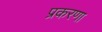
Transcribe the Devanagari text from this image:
प्रकरणा